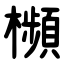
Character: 㰋